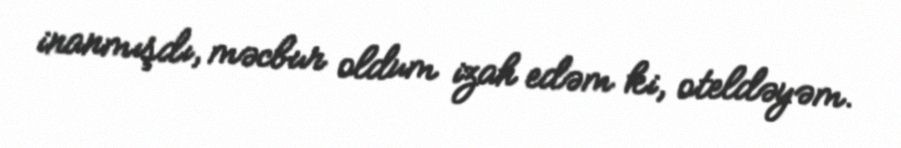
inanmışdı, məcbur oldum izah edəm ki, oteldəyəm.